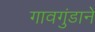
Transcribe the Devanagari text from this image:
गावगुंडाने